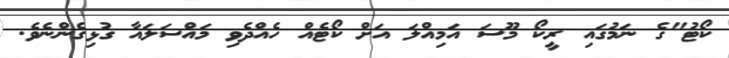
ކޯޓު"ގެ ނަމުގައި ރީކޯ މޫސަ އަމިއްލަ އަށް ކޯޓެއް ހެއްދެވި މައްސަލައާ ގުޅިގެންނެވެ.